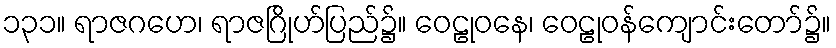
၁၃၁။ ရာဇဂဟေ၊ ရာဇဂြိုဟ်ပြည်၌။ ဝေဠုဝနေ၊ ဝေဠုဝန်ကျောင်းတော်၌။